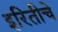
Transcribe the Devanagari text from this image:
इरितीचे